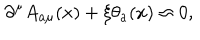
LaTeX: \partial ^ { \mu } A _ { a \mu } ( x ) + \xi \theta _ { a } ( x ) \approx 0 ,